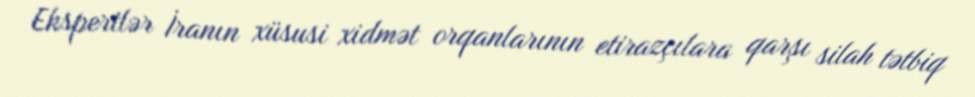
Ekspertlər İranın xüsusi xidmət orqanlarının etirazçılara qarşı silah tətbiq